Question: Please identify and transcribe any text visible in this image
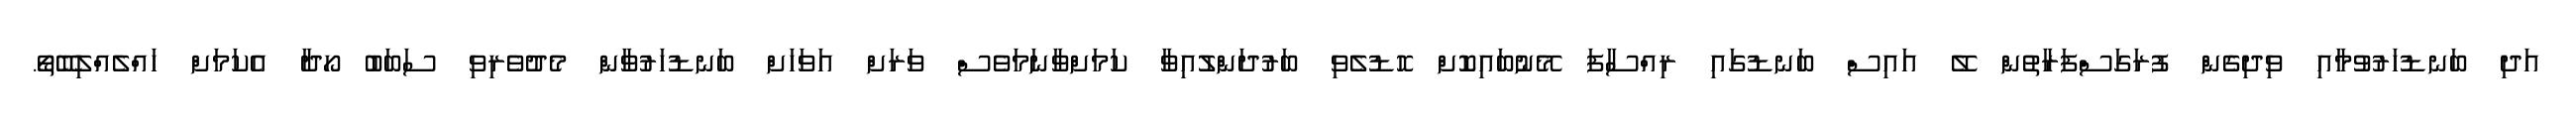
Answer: އަދި ބަނޑުހަރުވުމާއި ވިދިގެން ފުރަގަސްފަރާތުން ލޭ އައިސް ބަނޑުގައި ރިއްސާފަ މޭނުބައިކޮށް ހޮޑުލެވި ބަރުދަންލުއިވާ ކަމަށްވާނަމަވެސް ވަރަށް އަވަހަށް ބަނޑުހަރުވާން މެދުވެރިވި ސަބަބު ހޯދާ އެކަމަށް ހައްލެއްލިބޭތޯ.